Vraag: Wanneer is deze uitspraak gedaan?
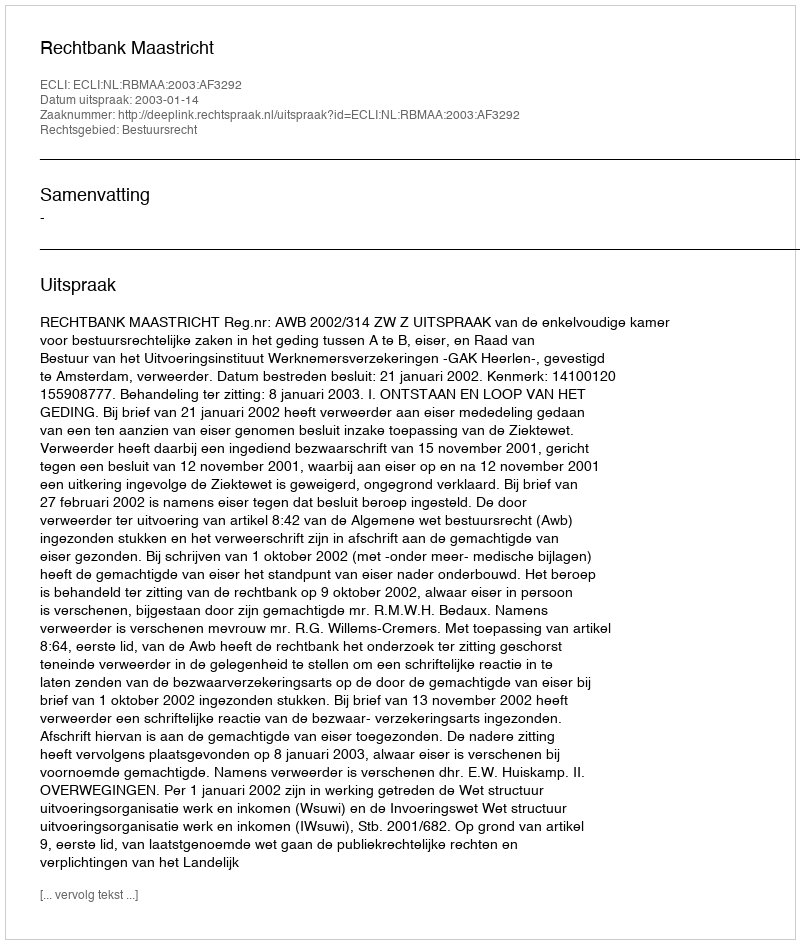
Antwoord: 2003-01-14